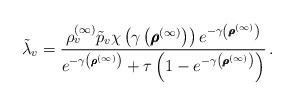
LaTeX: \begin{align*}\tilde{\lambda}_v = \frac{ \rho_v^{(\infty)} \tilde{p}_v \chi\left( \gamma \left( \pmb{\rho}^{(\infty)} \right) \right)e^{- \gamma \left( \pmb{\rho}^{(\infty)} \right)} }{e^{- \gamma\left( \pmb{\rho}^{(\infty)} \right)} + \tau\left( 1 - e^{- \gamma\left( \pmb{\rho}^{(\infty)} \right)} \right) } \,.\end{align*}